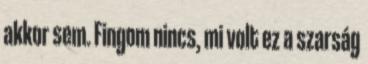
akkor sem. Fingom nincs, mi volt ez a szarság